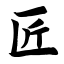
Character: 匠